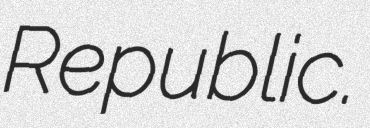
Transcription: Republic.